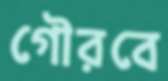
গৌরবে